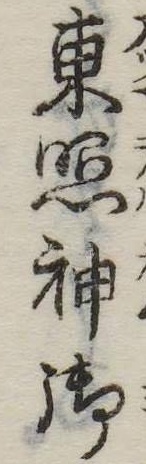
東照神御